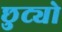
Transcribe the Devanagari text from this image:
छुट्यो